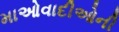
માઓવાદીઓની